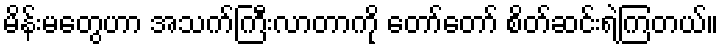
မိန်းမတွေဟာ အသက်ကြီးလာတာကို တော်တော် စိတ်ဆင်းရဲကြတယ်။